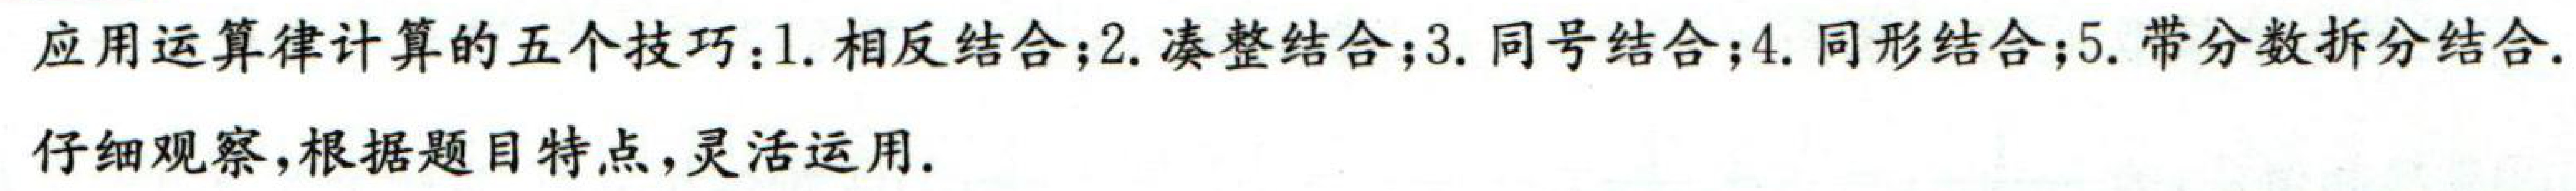
应用运算律计算的五个技巧：1. 相反结合；2. 凑整结合；3. 同号结合；4. 同形结合；5. 带分数拆分结合.

仔细观察，根据题目特点，灵活运用.